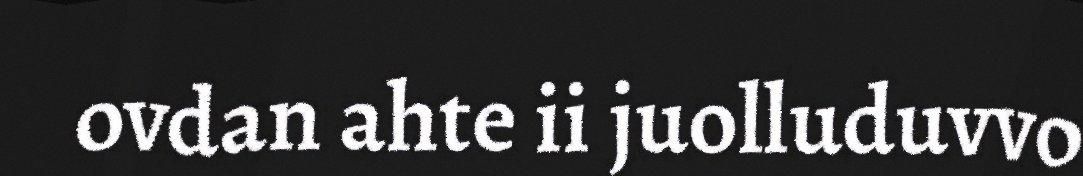
ovdan ahte ii juolluduvvo